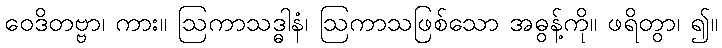
ဝေဒိတဗ္ဗာ၊ ကား။ ဩကာသဒ္ဓါနံ၊ ဩကာသဖြစ်သော အဓွန့်ကို။ ဖရိတွာ၊ ၍။